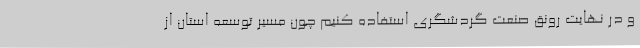
و در نهایت رونق صنعت گردشگری استفاده کنیم چون مسیر توسعه استان از